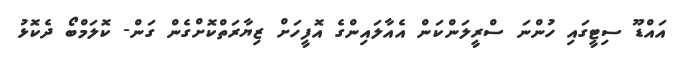
އައްޑޫ ސިޓީގައި ހުންނަ ސްރީލަންކަން އެއާލައިންގެ އޮފީހަށް ޒިޔާރަތްކޮށްގެން ގަން- ކޮލަމްބޯ ދެކޮޅު